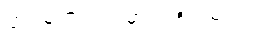
ဘဝမှတ်တမ်းမှာ ပါရှိပါတယ်။